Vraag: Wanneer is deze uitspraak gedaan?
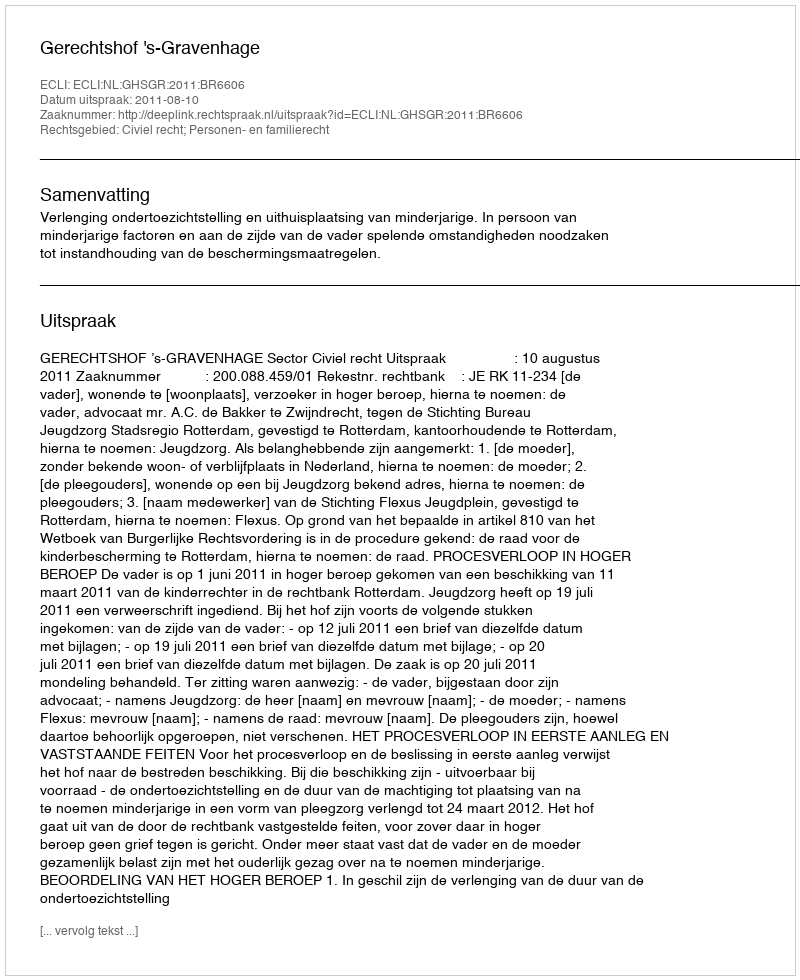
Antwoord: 2011-08-10